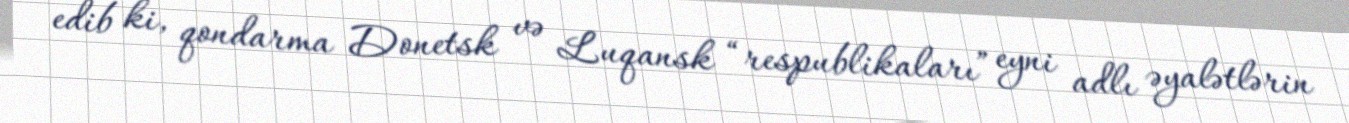
edib ki, qondarma Donetsk və Luqansk “respublikaları” eyni adlı əyalətlərin